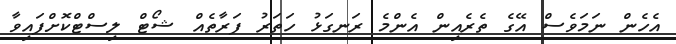
އެހެން ނަމަވެސް އޭގެ ތެރެއިން އެންމެ ރަނގަޅު ހަތަރު ފަރާތެއް ޝޯޓް ލިސްޓްކޮށްފައިވާ